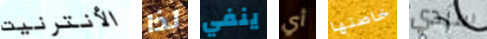
الأنترنيت لذا ينفي أي خاصتها سيدي